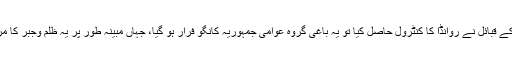
جب ٹوٹسی نسل کے قبائل نے روانڈا کا کنٹرول حاصل کیا تو یہ باغی گروہ عوامی جمہوریہ کانگو فرار ہو گیا، جہاں مبینہ طور پر یہ ظلم وجبر کا مرتکب ہو رہا ہے۔